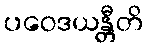
ပဝေဒယန္တီတိ